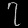
Digit: ၇